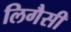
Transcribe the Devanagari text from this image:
लिगैसी